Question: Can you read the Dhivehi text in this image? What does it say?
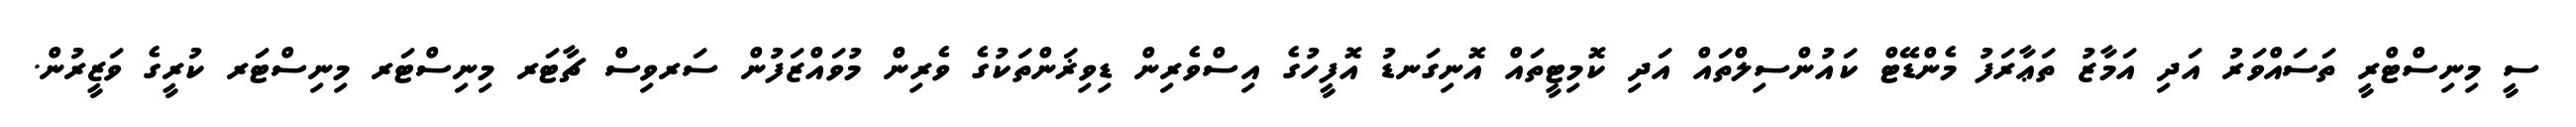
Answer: ސީ މިނިސްޓްރީ ތަސައްވަރު އަދި އަމާޒު ތަޢާރަފު މެންޑޭޓް ކައުންސިލްތައް އަދި ކޮމިޓީތައް އޮނިގަނޑު އޮފީހުގެ އިސްވެރިން ޑިވިޜަންތަކުގެ ވެރިން މުވައްޒަފުން ސަރވިސް ޗާޓަރ މިނިސްޓަރ މިނިސްޓަރ ކުރީގެ ވަޒީރުން.